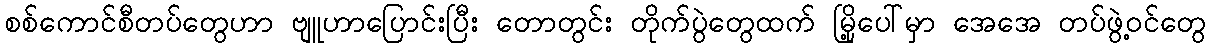
စစ်ကောင်စီတပ်တွေဟာ ဗျူဟာပြောင်းပြီး တောတွင်း တိုက်ပွဲတွေထက် မြို့ပေါ်မှာ အေအေ တပ်ဖွဲ့ဝင်တွေ